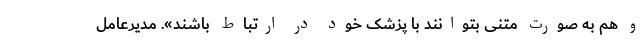
و هم به صورت متنی بتوانند با پزشک خود در ارتباط باشند». مدیرعامل